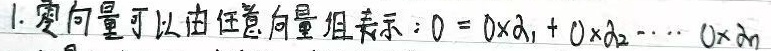
1. 零向量可以由任意向量组表示：\(0 = 0\times\alpha_1 + 0\times\alpha_2+\cdots + 0\times\alpha_n\)